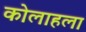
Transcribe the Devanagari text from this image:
कोलाहला